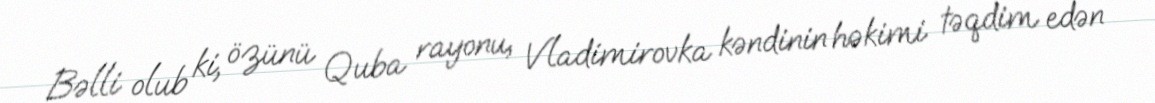
Bəlli olub ki, özünü Quba rayonu, Vladimirovka kəndinin həkimi təqdim edən